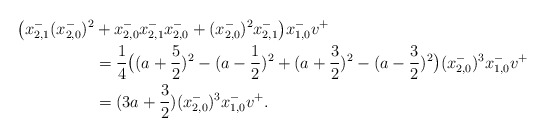
\begin{align*}\big(x_{2,1}^{-}(x_{2,0}^{-})^2&+x_{2,0}^{-}x_{2,1}^{-}x_{2,0}^{-}+(x_{2,0}^{-})^2 x_{2,1}^{-}\big)x_{1,0}^{-}v^{+}\\&=\frac{1}{4}\big((a+\frac{5}{2})^2-(a-\frac{1}{2})^2+(a+\frac{3}{2})^2-(a-\frac{3}{2})^2\big)(x_{2,0}^{-})^3 x_{1,0}^{-}v^{+}\\&=(3a+\frac{3}{2})(x_{2,0}^{-})^3x_{1,0}^{-}v^{+}.\end{align*}